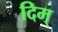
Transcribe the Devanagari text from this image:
दिम्